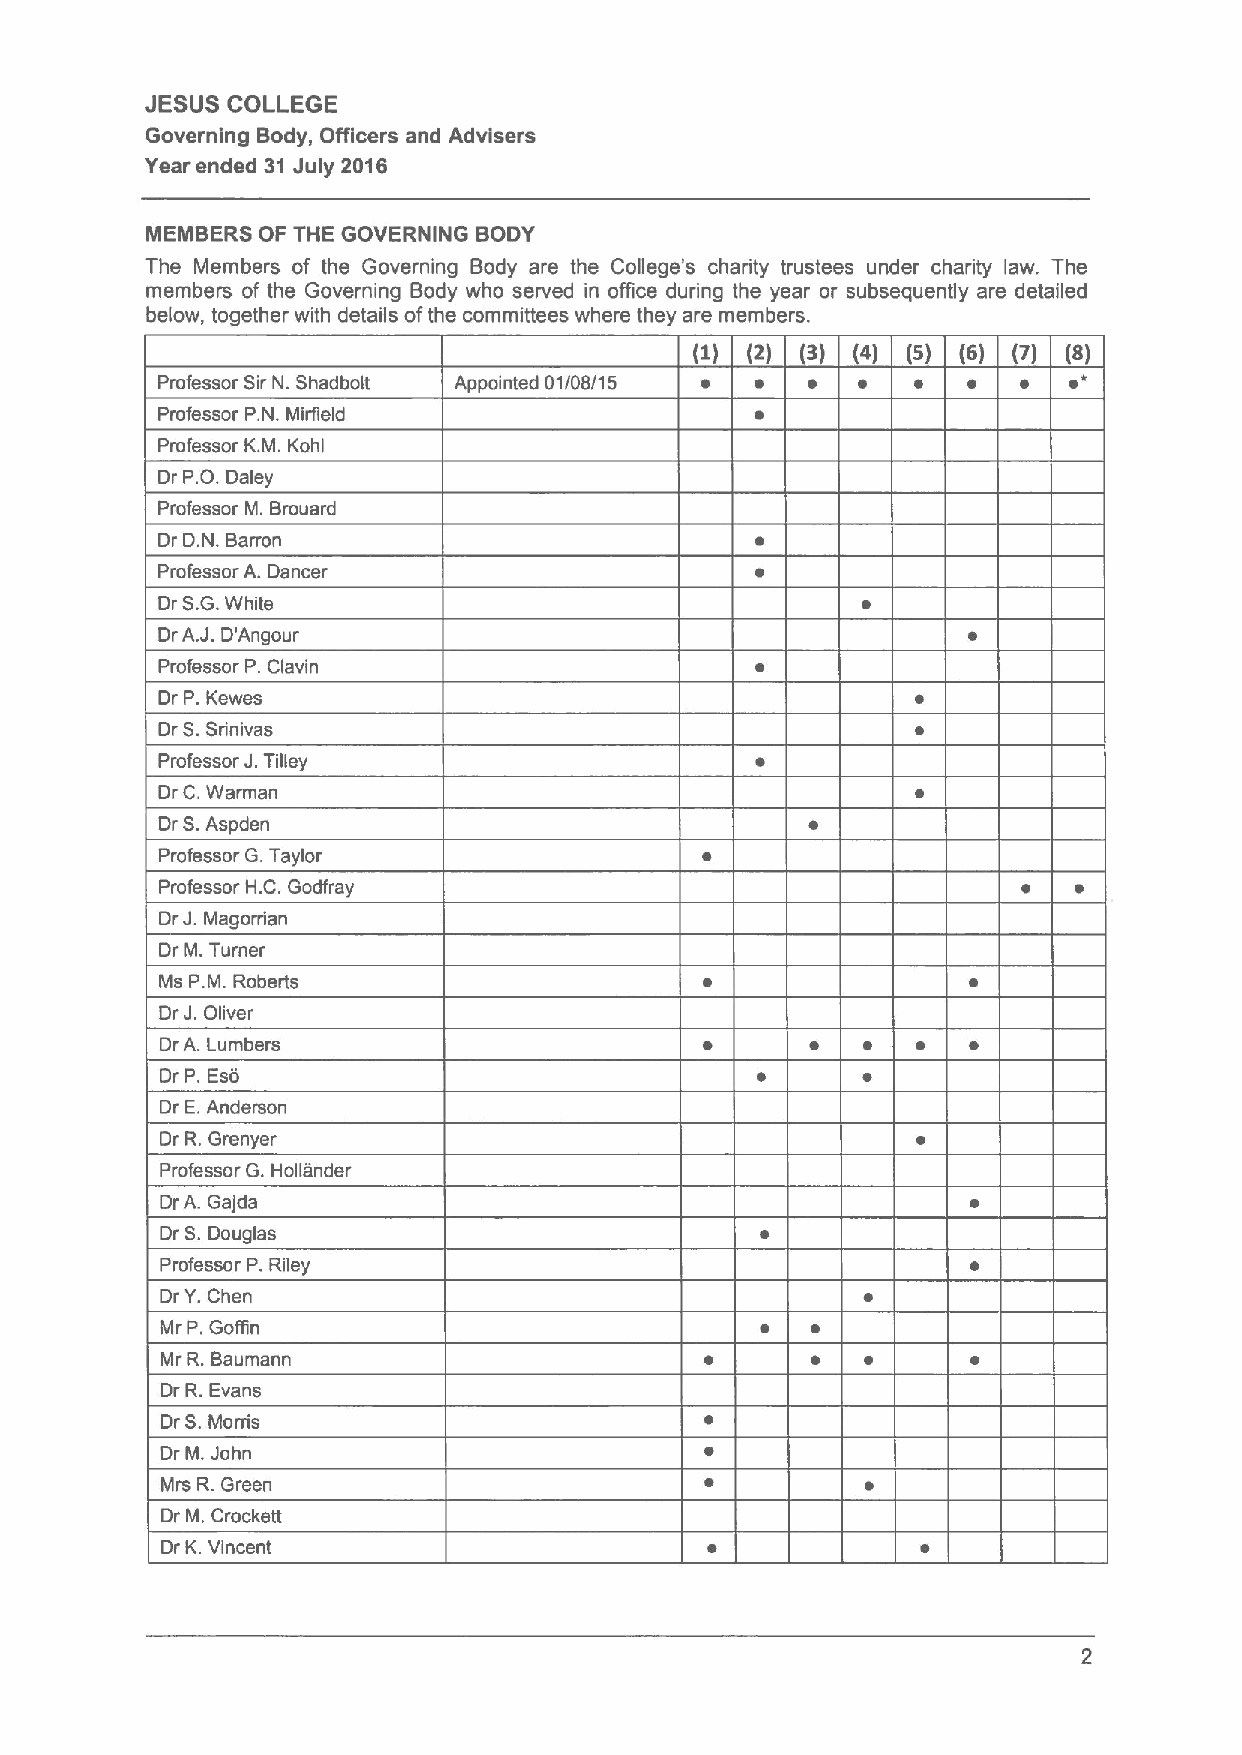
JESUS COLLEGE
 Governing Body, Officers and Advisers
 Year ended 31 July 2016
 MEMBERS OF THE GOVERNING BODY
 The Members of the Governing Body are the College's charity trustees under charity law. The
 members of the Governing Body who served in office during the year or subsequently are detailed
 below, together with details ofthe committees where they are members.
 (2) (2) (3) (4) (5) (6)
 Professor SirN. Shadbolt Appointed 01/08/1 5
 Professor P.N. Mirfield
 Professor K.M. Kohl
 Dr P.O.Daley
 Professor M. Brouard
 Dr D.N. Barron
 Professor A. Dancer
 Dr
 S.G.White
 J.
 DrA. D'Angour
 Professor P.Clavin
 Dr P.Kewes
 Dr S.Srinivas
 Professor J. Tilley
 Dr C.Warman
 S.
 Dr  Aspden
 Professor G.Taylor
 Professor H.C.Godfray
 J.
 Dr Magoman
 Dr M.Turner
 Ms P.M. Roberts
 J.
 Dr Oliver
 Dr A. Lumbers
 Dr P. Eso
 Dr E.Anderson
 Dr R.Grenysr
 Professor G.Hollander
 DrA. Gajda
 Dr S.Douglas
 Professor P.Riley
 DrY.Chen
 Mr P.Goffin
 Mr R.Baumann
 Dr R.Evans
 Dr S.Morris
 Dr M.John
 Mrs R.Green
 Dr M. Crockett
 Dr K.Vincent